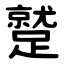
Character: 蹵